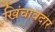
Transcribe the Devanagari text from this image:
खिंचावदार